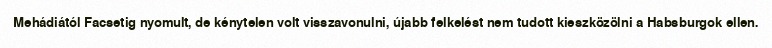
Mehádiától Facsetig nyomult, de kénytelen volt visszavonulni, újabb felkelést nem tudott kieszközölni a Habsburgok ellen.